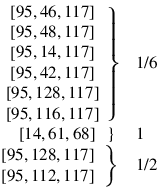
\begin{array} { r l r } { \left. \begin{array} { c } { \left[ 9 5 , 4 6 , 1 1 7 \right] } \\ { \left[ 9 5 , 4 8 , 1 1 7 \right] } \\ { \left[ 9 5 , 1 4 , 1 1 7 \right] } \\ { \left[ 9 5 , 4 2 , 1 1 7 \right] } \\ { \left[ 9 5 , 1 2 8 , 1 1 7 \right] } \\ { \left[ 9 5 , 1 1 6 , 1 1 7 \right] } \end{array} \right\} } & { { } 1 / 6 } & { } \\ { \left. \left[ 1 4 , 6 1 , 6 8 \right] \: \: \: \right\} \: } & { { } 1 } & { } \\ { \left. \begin{array} { c } { \left[ 9 5 , 1 2 8 , 1 1 7 \right] } \\ { \left[ 9 5 , 1 1 2 , 1 1 7 \right] } \end{array} \right\} } & { { } 1 / 2 } & { } \end{array}